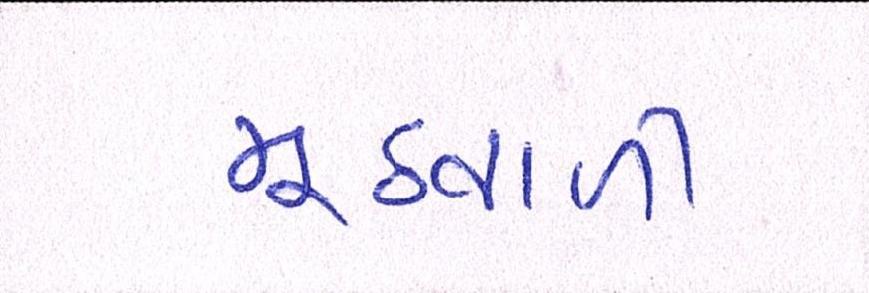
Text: મૂઠવાળી